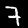
Label: 7